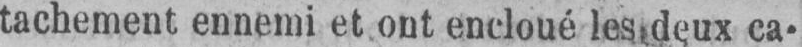
tachement ennemi et ont encloué les deux ca-